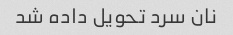
نان سرد تحویل داده شد